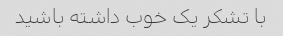
با تشکر یک خوب داشته باشید